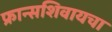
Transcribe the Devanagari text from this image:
फ्रान्सशिवायचा